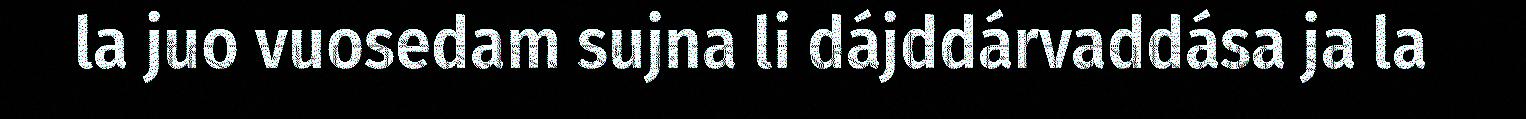
la juo vuosedam sujna li dájddárvaddása ja la